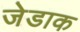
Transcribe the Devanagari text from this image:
जेडाक